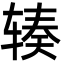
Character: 辏